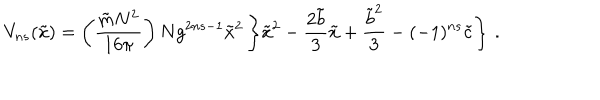
V _ { n s } ( { \tilde { x } } ) = \left( \frac { { \tilde { m } } N ^ { 2 } } { 1 6 \pi } \right) N g ^ { 2 n s - 1 } { \tilde { x } } ^ { 2 } \left\{ { \tilde { x } } ^ { 2 } - \frac { 2 { \tilde { b } } } { 3 } { \tilde { x } } + \frac { { \tilde { b } } ^ { 2 } } { 3 } - ( - 1 ) ^ { n s } { \tilde { c } } \right\} \, .